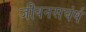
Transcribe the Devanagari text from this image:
जीवनसघंर्ष